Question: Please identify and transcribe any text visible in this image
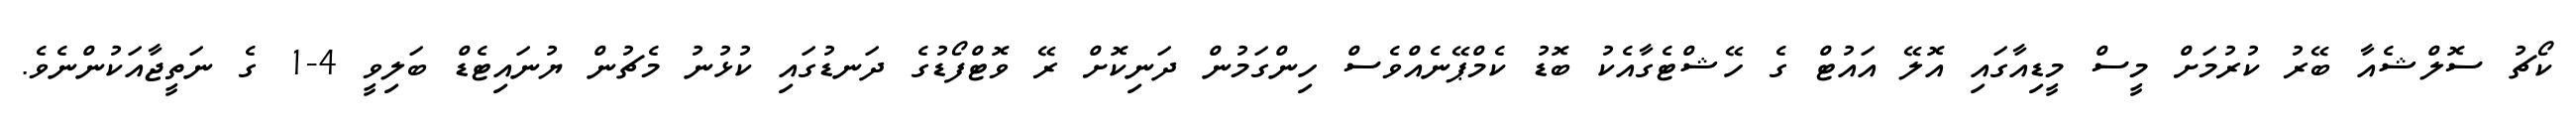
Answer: ކޯޗު ސޮލްޝެއާ ބޭރު ކުރުމަށް މީސް މީޑިއާގައި އޮލޭ އައުޓް ގެ ހޭޝްޓެގާއެކު ބޮޑު ކެމްޕޭނެއްވެސް ހިންގަމުން ދަނިކޮށް ރޭ ވޮޓްފޯޑުގެ ދަނޑުގައި ކުޅުނު މެޗުން ޔުނައިޓެޑް ބަލިވީ 4-1 ގެ ނަތީޖާއަކުންނެވެ.